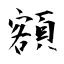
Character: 額